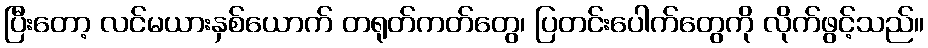
ပြီးတော့ လင်မယားနှစ်ယောက် တရုတ်ကတ်တွေ၊ ပြတင်းပေါက်တွေကို လိုက်ဖွင့်သည်။